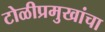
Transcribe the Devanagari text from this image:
टोळीप्रमुखांचा